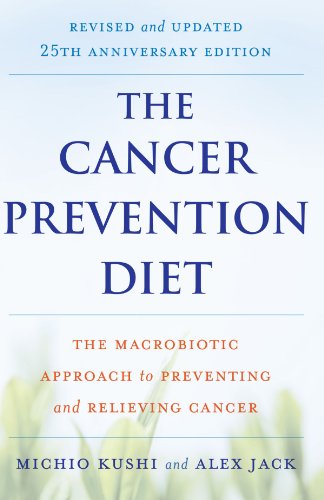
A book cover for The Cancer Prevention Diet, Revised and Updated Edition: The Macrobiotic Approach to Preventing and Relieving Cancer; Michio Kushi; Cookbooks, Food & Wine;